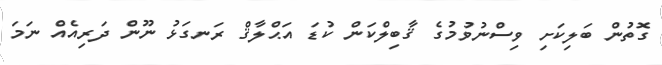
ގޮތުން ބަލިކަށި ވިސްނުވުމުގެ ޤާބިލްކަން ކުޑަ އަޙްލާޤް ރަނގަޅު ނޫން ދަރިއެއް ނަމަ